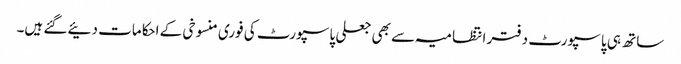
ساتھ ہی پاسپورٹ دفتر انتظامیہ سے بھی جعلی پاسپورٹ کی فوری منسوخی کے احکامات دئیے گئے ہیں۔